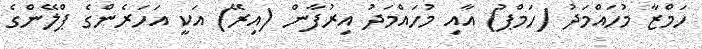
ހަމްޒާ މުހައްމަދު (ހަމްޕު) އާއި މުހައްމަދު އިރުފާން (އިރޭ) އަކީ އަހަރެންގެ ޕްލޭންގެ